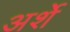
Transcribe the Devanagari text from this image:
अर्शे